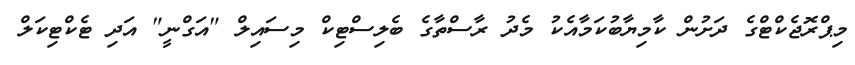
މިޕްރޮޖެކްޓްގެ ދަށުން ކާމިޔާބުކަމާއެކު މެދު ރާސްތާގެ ބެލިސްޓިކް މިސައިލް "އަގްނީ" އަދި ޓެކްޓިކަލް